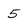
Character: 5